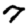
Digit: 7